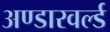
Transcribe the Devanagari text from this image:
अण्डारवर्ल्ड